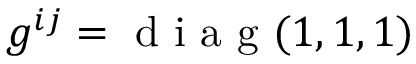
g ^ { i j } = \mathrm { ~ d ~ i ~ a ~ g ~ } ( 1 , 1 , 1 )